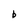
Character: b